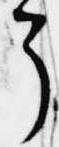
了